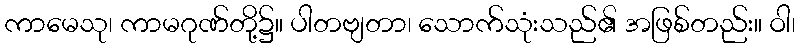
ကာမေသု၊ ကာမဂုဏ်တို့၌။ ပါတဗျတာ၊ သောက်သုံးသည်၏ အဖြစ်တည်း။ ဝါ၊